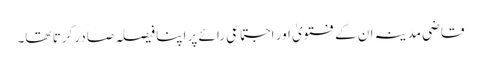
قاضی مدینہ ان کے فتویٰ اور اجتماعی رائے پر اپنا فیصلہ صادر کرتا تھا۔